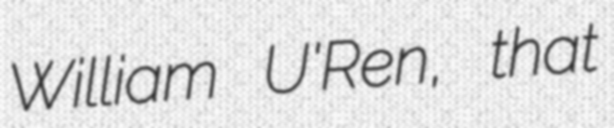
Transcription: William U'Ren, that